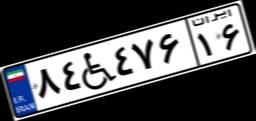
۸۴W۴۷۶۱۶